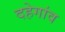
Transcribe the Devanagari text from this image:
दहेगांव